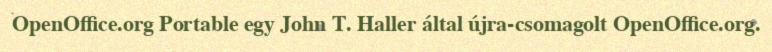
OpenOffice.org Portable egy John T. Haller által újra-csomagolt OpenOffice.org.